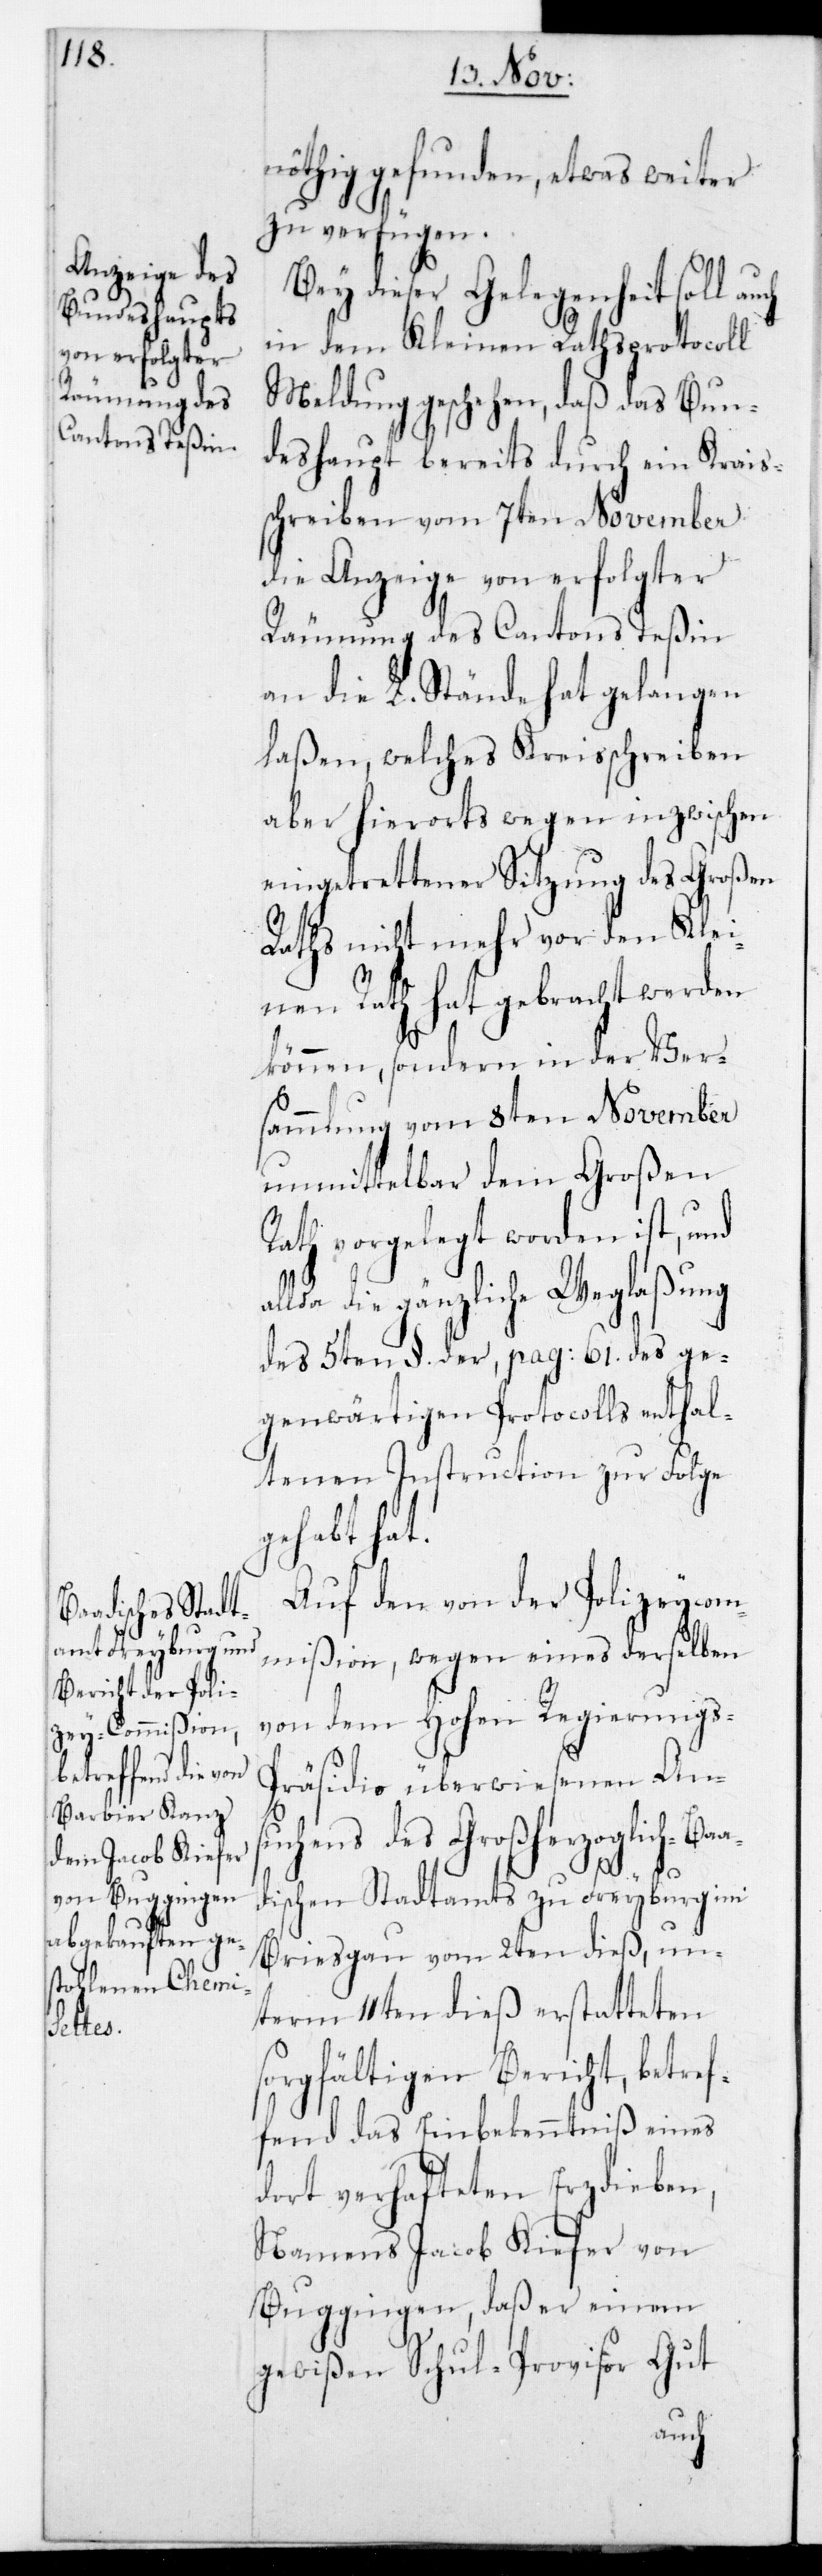
aad¬

nöthig gefunden, etwas weiter
zu verfügen.
Bey dieser Gelegenheit soll
in dem Kleinen-Rathsprotocoll
Meldung geschehen, daß das Bun¬
deshaupt bereits durch ein Krais¬
schreiben vom 7ten November
die Anzeige von erfolgter
Räumung des Cantons Teßin
an die L. Stände hat gelangen
laßen, welches Kreisschreiben
aber hierorts wegen inzwischen
eingetrettener Sitzung des Großen
Raths nicht mehr vor den Klei¬
nen Rath hat gebracht werden
können, sondern in der Ver¬
sammlung vom 8ten November
unmittelbar dem Großen
Rath vorgelegt worden ist, und
a die gänzliche Weglaßung
des 5ten §.. der pag: 61. des ge¬
genwärtigen Protocolls enthal¬
tenen Instruction zur Folge
gehabt hat.
Auf den von der Polizeycom¬
mißion, wegen eines derselben
von dem Hohen Regierungs-P¬
räsidio überwiesenen Ansu¬
chens des Großherzoglich-B¬
ischen Stadtamts zu Freyburg im
Briesgau vom 2ten dieß, un¬
term 11ten dieß erstatteten
sorgfältigen Bericht, betref¬
fend das Einbekenntniß eines
dort verhafteten Erzdieben,
Namens Jacob Kiefer von
Buggingen, daß er einem
gewißen Schul-Provisor Gut
auch